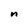
Character: n